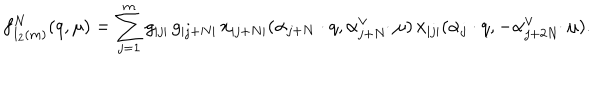
LaTeX: f _ { I _ { 2 } ( m ) } ^ { N } ( q , \mu ) = \sum _ { j = 1 } ^ { m } g _ { | j | } \, g _ { | j + N | } \, x _ { | j + N | } ( \alpha _ { j + N } \cdot q , \alpha _ { j + N } ^ { \vee } \! \! \cdot \mu ) \, x _ { | j | } ( \alpha _ { j } \cdot q , - \alpha _ { j + 2 N } ^ { \vee } \! \! \cdot \mu ) .